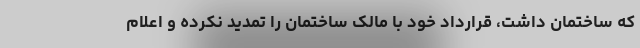
که ساختمان داشت، قرارداد خود با مالک ساختمان را تمدید نکرده و اعلام